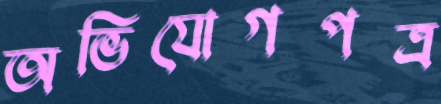
অভিযোগপত্র